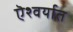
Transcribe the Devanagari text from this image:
ऎश्वर्यात